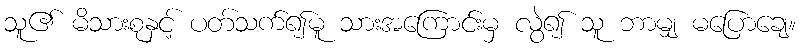
သူ၏ မိသားစုနှင့် ပတ်သက်၍မူ သားအကြောင်းမှ လွဲ၍ သူ ဘာမျှ မပြောချေ။